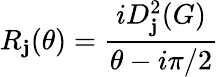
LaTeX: R_{\mathbf{j}}(\theta)=\frac{{iD_{\mathbf{j}}^{2}(G)}}{{\theta-i\pi/2}}